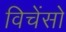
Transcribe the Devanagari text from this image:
विचेंसो